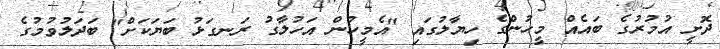
ދޮށީ އުމުރުގެ ބައެއް މީހުންގެ ހިޔާލުގައި "އެމީހުން އަހުލާގު ރަނގަޅު ބަޔަކަށް" ބަދަލުވުމުގެ